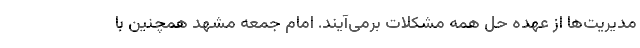
مدیریت‌ها از عهده حل همه مشکلات برمی‌آیند. امام جمعه مشهد همچنین با